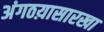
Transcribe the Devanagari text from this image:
अंगठय़ासारखा